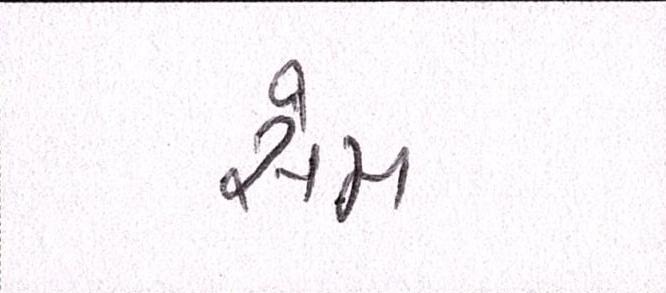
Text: સેમ